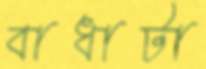
বাধাটা